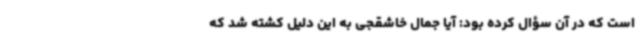
است که در آن سؤال کرده بود: آیا جمال خاشقجی به این دلیل کشته شد که